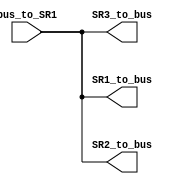
module shift_registers(input wire [7:0] bus_to_SR1,
							  output wire [7:0] SR1_to_bus,
							  output wire [7:0] SR2_to_bus,
							  output wire [7:0] SR3_to_bus);

reg [7:0] SR1;
reg [7:0] SR2;
reg [7:0] SR3;
	
assign SR1_to_bus = SR1;
assign SR2_to_bus = SR2;
assign SR3_to_bus = SR3;
						  
always@(bus_to_SR1)
begin
		SR3 <= SR2;
		SR2 <= SR1;
		SR1 <= bus_to_SR1;
end

endmodule